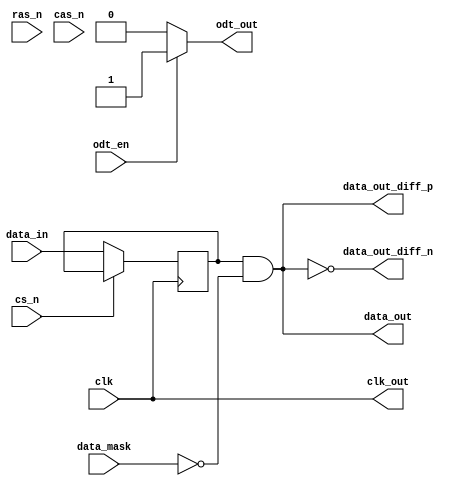
module lpddr5_io_block (
    input wire clk,                // High-speed clock input
    input wire [63:0] data_in,     // Data input (64-bit wide)
    input wire [63:0] data_mask,    // Data mask input
    input wire cs_n,               // Chip select (active low)
    input wire ras_n,              // Row address strobe (active low)
    input wire cas_n,              // Column address strobe (active low)
    input wire odt_en,             // On-die termination enable
    output wire [63:0] data_out,    // Data output (64-bit wide)
    output wire clk_out,           // Clock output
    output wire [63:0] data_out_diff_p, // Differential data output positive
    output wire [63:0] data_out_diff_n, // Differential data output negative
    output wire odt_out            // On-die termination output
);

    // Parameter for data width configuration
    parameter DATA_WIDTH = 64; // Can be 16, 32, or 64

    // Drive strength configuration (example)
    reg [2:0] drive_strength; // 3-bit drive strength control

    // Internal signals
    reg [63:0] data_reg;
    reg [63:0] masked_data;

    // Clock Data Recovery (CDR) logic (simplified)
    always @(posedge clk) begin
        // Capture data on rising edge of clock
        if (!cs_n) begin
            data_reg <= data_in;
        end
    end

    // Data masking logic
    always @(*) begin
        masked_data = data_reg & ~data_mask; // Apply data mask
    end

    // Output data assignment
    assign data_out = masked_data;

    // Differential signaling (simplified)
    assign data_out_diff_p = {data_out[63:32], data_out[31:0]};
    assign data_out_diff_n = ~data_out_diff_p; // Inverted for differential signaling

    // On-die termination control
    assign odt_out = odt_en ? 1'b1 : 1'b0;

    // Clock output (for differential signaling)
    assign clk_out = clk; // This can be modified for differential pairs

    // Drive strength configuration (example)
    always @(*) begin
        case (drive_strength)
            3'b000: /* Low drive strength */;
            3'b001: /* Medium drive strength */;
            3'b010: /* High drive strength */;
            default: /* Default drive strength */;
        endcase
    end

endmodule